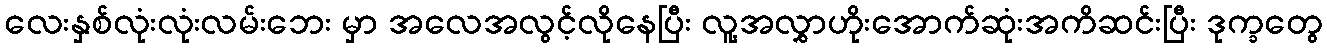
လေးနှစ်လုံးလုံးလမ်းဘေး မှာ အလေအလွင့်လိုနေပြီး လူ့အလွှာဟိုးအောက်ဆုံးအကိဆင်းပြီး ဒုက္ခတွေ